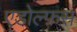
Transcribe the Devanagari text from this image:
एडोल्फ़स